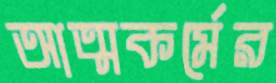
আত্মকর্মের